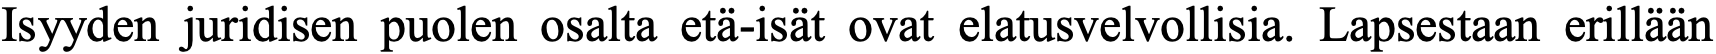
Isyyden juridisen puolen osalta etä-isät ovat elatusvelvollisia. Lapsestaan erillään